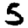
Digit: 5